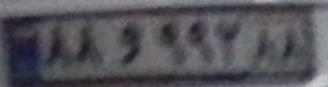
۸۸و۹۹۲۸۸